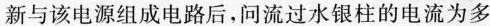
新与该电源组成电路后，问流过水银柱的电流为多